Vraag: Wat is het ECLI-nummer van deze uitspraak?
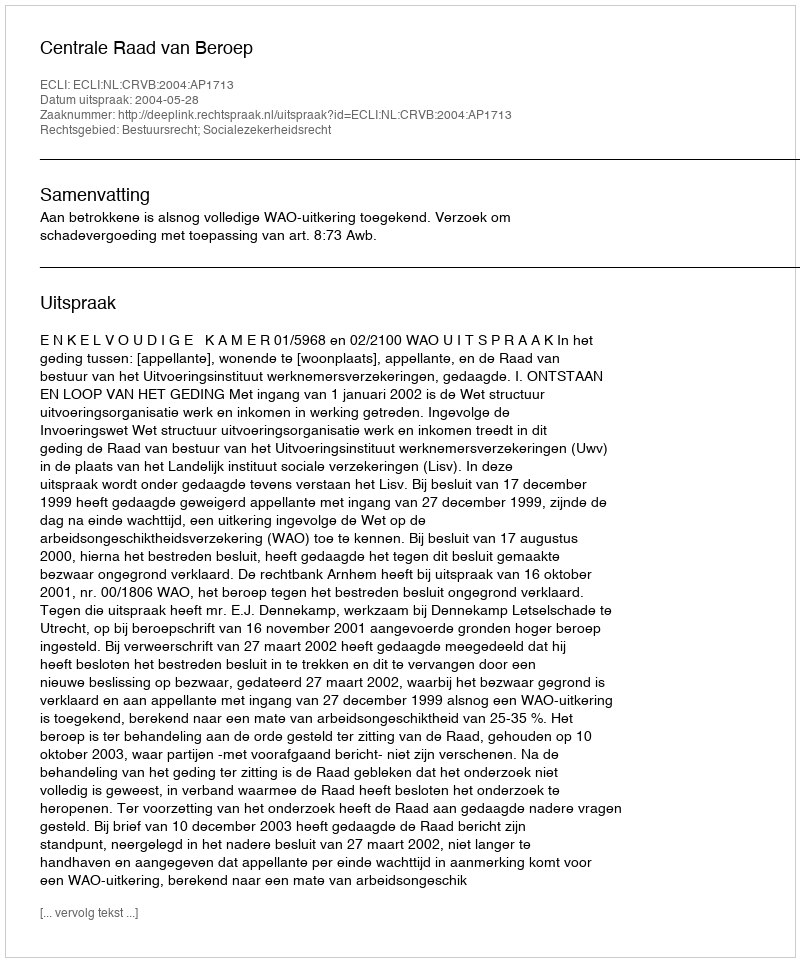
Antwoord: ECLI:NL:CRVB:2004:AP1713